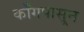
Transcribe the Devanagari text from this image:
काँगपासून